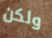
ولكن